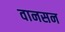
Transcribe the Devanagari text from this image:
वानसन